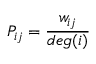
{ P } _ { i j } = \frac { w _ { i j } } { d e g ( { i } ) }